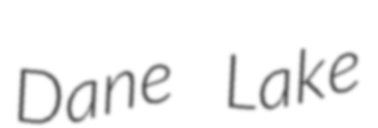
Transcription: Dane Lake